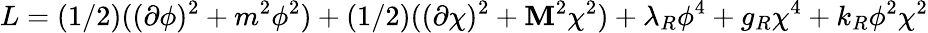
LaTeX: L=(1/2)((\partial\phi)^{2}+m^{2}\phi^{2})+(1/2)((\partial\chi)^{2}+\mathbf{M}^{2}\chi^{2})+\lambda_{R}\phi^{4}+g_{R}\chi^{4}+k_{R}\phi^{2}\chi^{2}